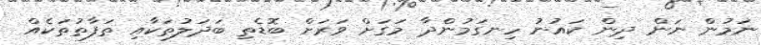
ނަމުން ނަން ދިން ކައުނު ހިނގަމުންދާ މަގަށް ވަރަށް ބޮޑެތި ބަދަލުތަކާއި ތަފާތުތަކެއް